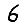
Digit: 6